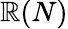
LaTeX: \mathbb{R}(N)